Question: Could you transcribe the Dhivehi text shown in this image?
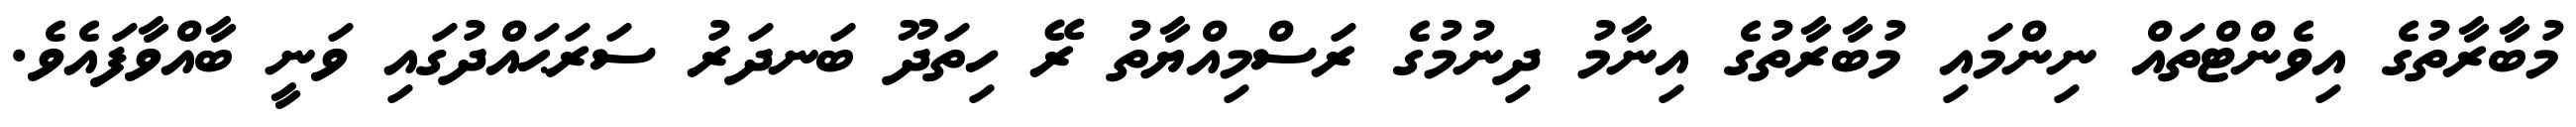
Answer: މުބާރާތުގެ އިވެންޓްތައް ނިންމައި މުބާރާތުގެ އިނާމު ދިނުމުގެ ރަސްމިއްޔާތު ރޭ ހިތަދޫ ބަނދަރު ސަރަޙައްދުގައި ވަނީ ބާއްވާފައެވެ.